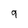
Character: 9